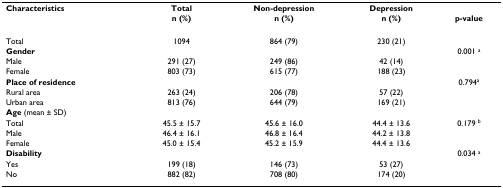
<table><thead><tr><td><b>Characteristics</b></td><td><b>Total</b></td><td><b>Non-depression</b></td><td><b>Depression</b></td><td></td></tr><tr><td></td><td><b>n (%)</b></td><td><b>n (%)</b></td><td><b>n (%)</b></td><td><b>p-value</b></td></tr></thead><tbody><tr><td>Total</td><td>1094</td><td>864 (79)</td><td>230 (21)</td><td></td></tr><tr><td><b>Gender</b></td><td></td><td></td><td></td><td>0.001 <sup>a</sup></td></tr><tr><td>Male</td><td>291 (27)</td><td>249 (86)</td><td>42 (14)</td><td></td></tr><tr><td>Female</td><td>803 (73)</td><td>615 (77)</td><td>188 (23)</td><td></td></tr><tr><td><b>Place of residence</b></td><td></td><td></td><td></td><td>0.794<sup>a</sup></td></tr><tr><td>Rural area</td><td>263 (24)</td><td>206 (78)</td><td>57 (22)</td><td></td></tr><tr><td>Urban area</td><td>813 (76)</td><td>644 (79)</td><td>169 (21)</td><td></td></tr><tr><td><b>Age </b>(mean ± SD)</td><td></td><td></td><td></td><td></td></tr><tr><td>Total</td><td>45.5 ± 15.7</td><td>45.6 ± 16.0</td><td>44.4 ± 13.6</td><td>0.179 <sup>b</sup></td></tr><tr><td>Male</td><td>46.4 ± 16.1</td><td>46.8 ± 16.4</td><td>44.2 ± 13.8</td><td></td></tr><tr><td>Female</td><td>45.0 ± 15.4</td><td>45.2 ± 15.9</td><td>44.4 ± 13.6</td><td></td></tr><tr><td><b>Disability</b></td><td></td><td></td><td></td><td>0.034 <sup>a</sup></td></tr><tr><td>Yes</td><td>199 (18)</td><td>146 (73)</td><td>53 (27)</td><td></td></tr><tr><td>No</td><td>882 (82)</td><td>708 (80)</td><td>174 (20)</td><td></td></tr></tbody></table>